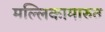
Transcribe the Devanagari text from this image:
मल्लिकामारुत